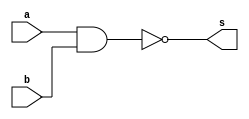
// -------------------------
// Exercicio0001 - NAND
// Nome: Flavio Andrade Amaral Motta
// -------------------------

// -------------------------
// -- nand gate
// -------------------------
module nandgate ( output s,
input a,
input b);
assign s = (~(a&b));
endmodule // nandgate
// ---------------------
// -- test nand gate
// ---------------------
module testnandgate;
// ------------------------- dados locais
reg a, b; // definir registradores
wire s; // definir conexao (fio)
// ------------------------- instancia
nandgate NAND1 (s, a, b);
// ------------------------- preparacao
initial begin:start
// atribuicao simultanea
// dos valores iniciais
a=0; b=0;
end
// ------------------------- parte principal
initial begin
$display("Exercicio0001 - Flavio Andrade Amaral Motta - 392001");
$display("Test NAND gate");
$display("\na ~& b = s\n");
a=0; b=0;
#1 $display("%b & %b = %b", a, b, s);
a=0; b=1;
#1 $display("%b & %b = %b", a, b, s);
a=1; b=0;
#1 $display("%b & %b = %b", a, b, s);
a=1; b=1;
#1 $display("%b & %b = %b", a, b, s);
end
endmodule // testnandgate